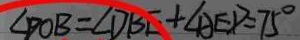
\angle D O B = \angle D B E + \angle A E D = 7 5 ^ { \circ }